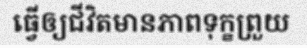
ធ្វើឲ្យជីវិតមានភាពទុក្ខព្រួយ